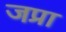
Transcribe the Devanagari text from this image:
जप्रा